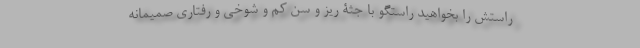
راستش را بخواهید راستگو با جثۀ ریز و سن کم و شوخی و رفتاری صمیمانه